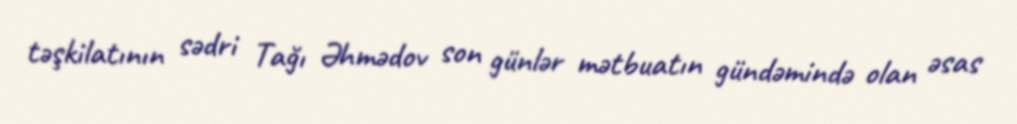
təşkilatının sədri Tağı Əhmədov son günlər mətbuatın gündəmində olan əsas